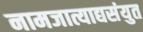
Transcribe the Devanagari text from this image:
नामजात्याद्यसंयुत